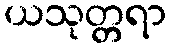
ယသုတ္တရာ